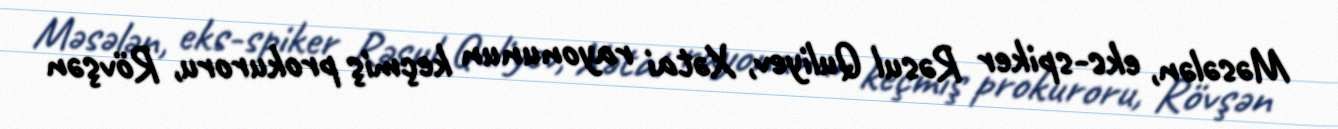
Məsələn, eks-spiker Rəsul Quliyev, Xətai rayonunun keçmiş prokuroru, Rövşən